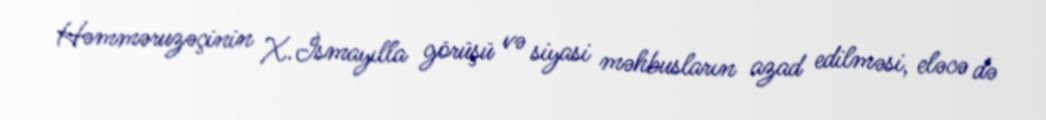
Həmməruzəçinin X.İsmayılla görüşü və siyasi məhbusların azad edilməsi, eləcə də